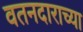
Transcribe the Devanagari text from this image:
वतनदाराच्या